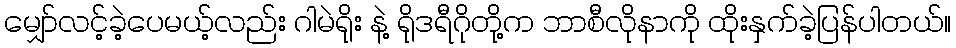
မျှော်လင့်ခဲ့ပေမယ့်လည်း ဂါမဲရိုး နဲ့ ရိုဒရီဂိုတို့က ဘာစီလိုနာကို ထိုးနှက်ခဲ့ပြန်ပါတယ်။